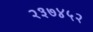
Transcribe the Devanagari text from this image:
२३७४५२